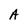
Character: A